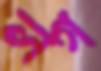
লগ